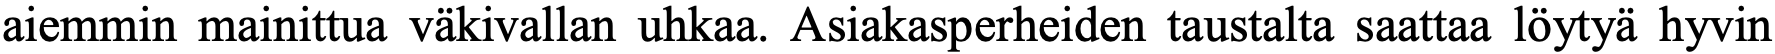
aiemmin mainittua väkivallan uhkaa. Asiakasperheiden taustalta saattaa löytyä hyvin